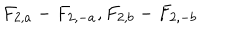
F _ { 2 , a } - F _ { 2 , - a } , F _ { 2 , b } - F _ { 2 , - b }